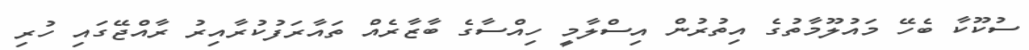
ސުކޫކާ ބެހޭ މައުލޫމާތުގެ އިތުރުން އިސްލާމީ ހިއްސާގެ ބާޒާރެއް ތައާރަފުކުރާއިރު ރާއްޖޭގައި ހުރި